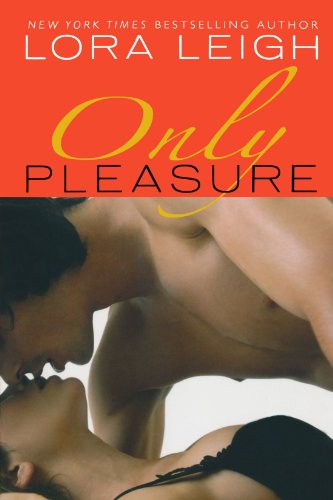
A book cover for Only Pleasure (Bound Hearts); Lora Leigh; Romance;